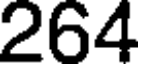
264